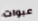
عبوات